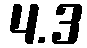
4.3